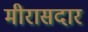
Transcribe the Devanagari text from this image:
मीरासदार